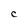
Character: C